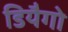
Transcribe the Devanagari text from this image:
डियैगो